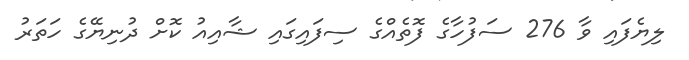
ލިޔެފައި ވާ 276 ސަފުހާގެ ފޮތެއްގެ ސިފައިގައި ޝާއިއު ކޮށް ދުނިޔޭގެ ހަތަރު